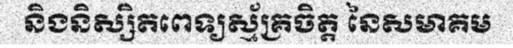
និងនិស្សិតពេទ្យស្ម័គ្រចិត្ត នៃសមាគម